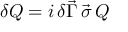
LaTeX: \delta Q = i \, \delta \vec { \Gamma } \, \vec { \sigma } \, Q